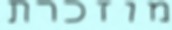
מוזכרת